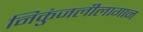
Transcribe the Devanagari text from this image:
निकुंजलीलागान